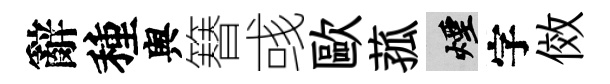
辭種舆簮彧歐菰煙字傚